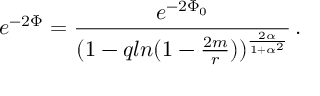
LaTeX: e ^ { - 2 \Phi } = { \frac { e ^ { - 2 \Phi _ { 0 } } } { ( 1 - q l n ( 1 - { \frac { 2 m } { r } } ) ) ^ { \frac { 2 \alpha } { 1 + \alpha ^ { 2 } } } } } \, .